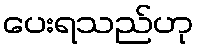
ပေးရသည်ဟု